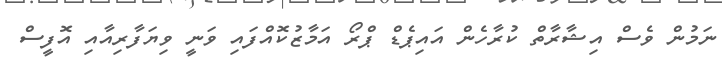
ނަމުން ވެސް އިޝާރާތް ކުރާހެން އައިޕެޑް ޕްރޯ އަމާޒުކޮއްފައި ވަނީ ވިޔަފާރިއާއި އޮފީސް